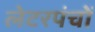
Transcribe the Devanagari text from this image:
लेटरपंचों